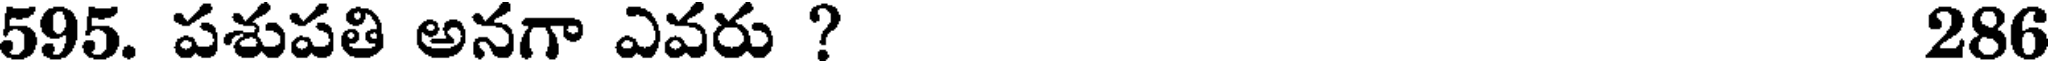
595. పశుపతి అనగా ఎవరు ? 286